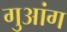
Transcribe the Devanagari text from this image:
गुआंग